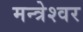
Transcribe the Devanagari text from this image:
मन्त्रेश्वर